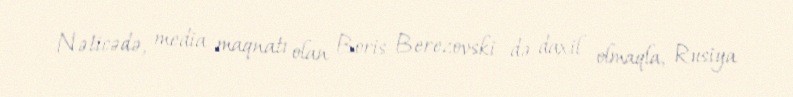
Nəticədə, media maqnatı olan Boris Berezovski də daxil olmaqla, Rusiya